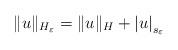
LaTeX: \begin{align*}\|u\|_{H_\varepsilon}=\|u\|_{H}+\left|u\right|_{s_{\varepsilon}}\end{align*}